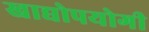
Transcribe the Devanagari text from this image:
खाद्योपयोगी